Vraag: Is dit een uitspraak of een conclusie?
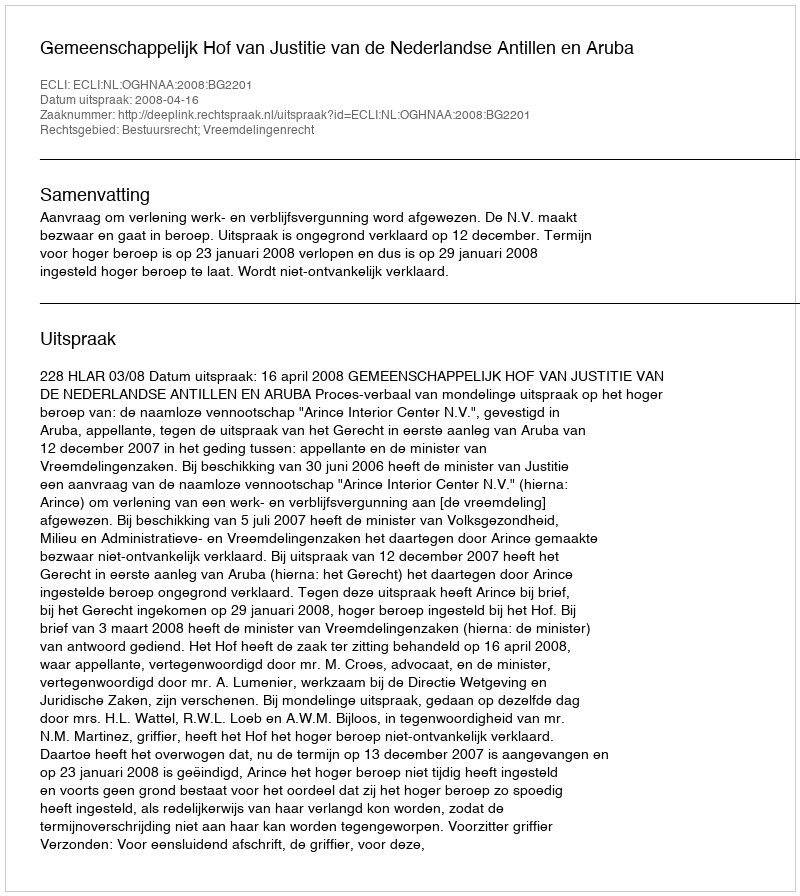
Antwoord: Uitspraak